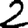
Digit: 2